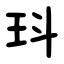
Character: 㺶